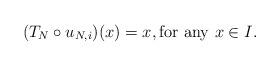
\begin{align*} (T_N \circ u_{N,i})(x) = x, \mbox{for any } x \in I.\end{align*}